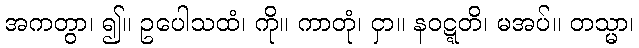
အကတွာ၊ ၍။ ဥပေါသထံ၊ ကို။ ကာတုံ၊ ငှာ။ နဝဋ္ဋတိ၊ မအပ်။ တသ္မာ၊